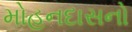
મોહનદાસનો